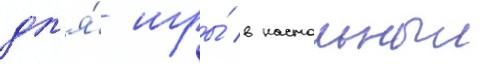
дл'я́ игры́ в настольныи